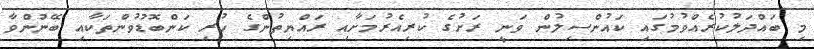
މި ބައްދަލުކުރެއްވުމުގައި ކައުންސިލުން ވަނީ ރަށުގެ ކުރިއެރުމަށާއި ރައްޔިތުންގެ ހުރި ކަންބޮޑުވުންތަކާއި ބޭނުންވާ